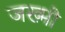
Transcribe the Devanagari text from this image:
जख्मो